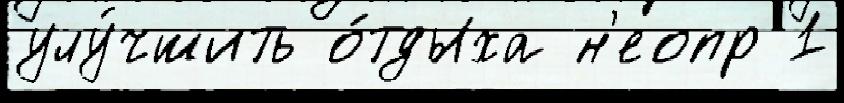
улу́чшить о́тдыха н'еопр 1